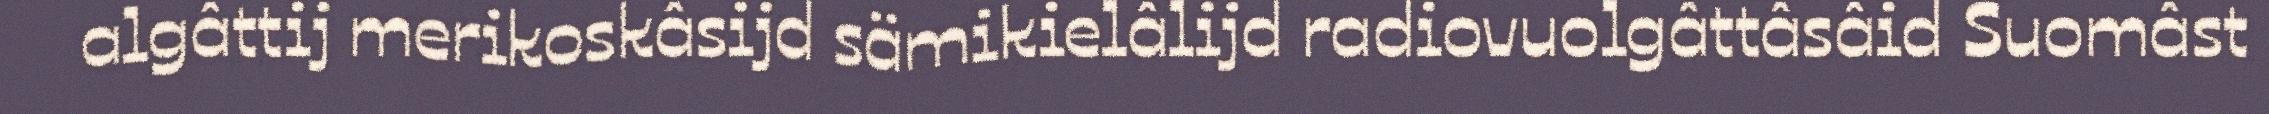
algâttij merikoskâsijd sämikielâlijd radiovuolgâttâsâid Suomâst